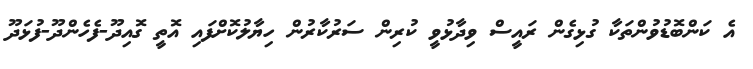
އެ ކަންބޮޑުވުންތަކާ ގުޅިގެން ރައީސް ވިދާޅުވީ ކުރިން ސަރުކާރުން ހިޔާލުކޮށްފައި އޮތީ ގޮއިދޫ-ފެހެންދޫ-ފުޅަދޫ